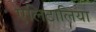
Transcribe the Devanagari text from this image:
एलिटालिया